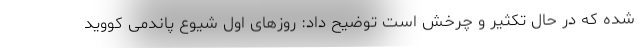
شده که در حال تکثیر و چرخش است توضیح داد: روزهای اول شیوع پاندمی کووید